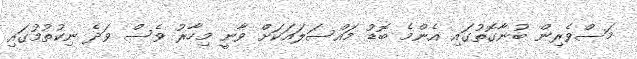
މަސްވެރިން ބުނާގޮތުގައި އެންމެ ބޮޑު މައްސަލައަކަށް ވާނީ މިހާރު ވެސް ވަދެ ނިކުތުމުގައި